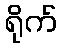
ရိုက်